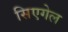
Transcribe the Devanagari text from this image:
सिएगेल